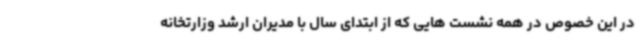
در این خصوص در همه نشست هایی که از ابتدای سال با مدیران ارشد وزارتخانه